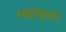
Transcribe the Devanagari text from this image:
महाभुज।